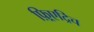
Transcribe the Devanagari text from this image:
फ़्रिएद्रिच